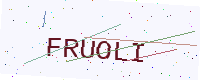
Text: FRUOLI